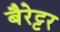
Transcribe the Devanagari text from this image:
बैरेट्टर